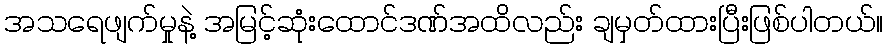
အသရေဖျက်မှုနဲ့ အမြင့်ဆုံးထောင်ဒဏ်အထိလည်း ချမှတ်ထားပြီးဖြစ်ပါတယ်။